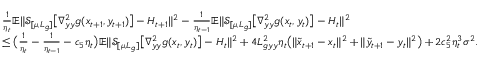
\begin{array} { r l } & { \frac { 1 } { \eta _ { t } } \mathbb { E } \| \mathcal { S } _ { [ \mu , L _ { g } ] } \big [ \nabla _ { y y } ^ { 2 } g ( x _ { t + 1 } , y _ { t + 1 } ) \big ] - H _ { t + 1 } \| ^ { 2 } - \frac { 1 } { \eta _ { t - 1 } } \mathbb { E } \| \mathcal { S } _ { [ \mu , L _ { g } ] } \big [ \nabla _ { y y } ^ { 2 } g ( x _ { t } , y _ { t } ) \big ] - H _ { t } \| ^ { 2 } } \\ & { \leq \big ( \frac { 1 } { \eta _ { t } } - \frac { 1 } { \eta _ { t - 1 } } - c _ { 5 } \eta _ { t } \big ) \mathbb { E } \| \mathcal { S } _ { [ \mu , L _ { g } ] } \big [ \nabla _ { y y } ^ { 2 } g ( x _ { t } , y _ { t } ) \big ] - H _ { t } \| ^ { 2 } + 4 L _ { g y y } ^ { 2 } \eta _ { t } \big ( \| \tilde { x } _ { t + 1 } - x _ { t } \| ^ { 2 } + \| \tilde { y } _ { t + 1 } - y _ { t } \| ^ { 2 } \big ) + 2 c _ { 5 } ^ { 2 } \eta _ { t } ^ { 3 } \sigma ^ { 2 } . } \end{array}